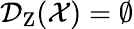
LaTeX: \mathcal{D}_{\textrm{Z}}(\mathcal{X})=\emptyset